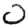
Digit: 0